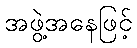
အဖွဲ့အနေဖြင့်